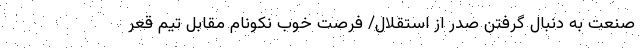
صنعت به دنبال گرفتن صدر از استقلال/ فرصت خوب نکونام مقابل تیم قعر